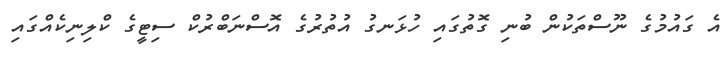
އެ ގައުމުގެ ނޫސްތަކުން ބުނި ގޮތުގައި ހުޅަނގު އުތުރުގެ އޮސްނަބްރުކް ސިޓީގެ ކްލިނިކެއްގައި